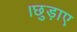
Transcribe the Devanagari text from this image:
।छुड़ाए